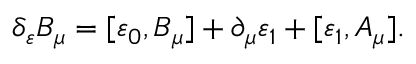
\delta _ { \varepsilon } B _ { \mu } = [ \varepsilon _ { 0 } , B _ { \mu } ] + \partial _ { \mu } \varepsilon _ { 1 } + [ \varepsilon _ { 1 } , A _ { \mu } ] .